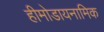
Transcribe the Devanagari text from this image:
हीमोडायनामिक